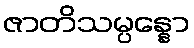
ဇာတိသမ္ပန္နော